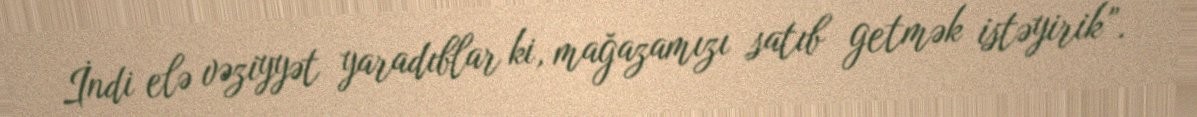
İndi elə vəziyyət yaradıblar ki, mağazamızı satıb getmək istəyirik”.